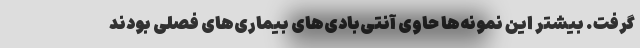
گرفت. بیشتر این نمونه‌ها حاوی آنتی‌بادی‌های بیماری‌های فصلی بودند